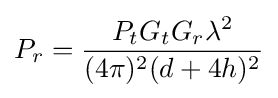
P_{r}={\frac {P_{t}G_{t}G_{r}\lambda ^{2}}{(4\pi )^{2}(d+4h)^{2}}}